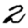
Digit: 2